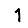
Digit: 1